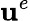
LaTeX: \mathbf{u}^{e}